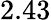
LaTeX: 2.43